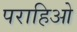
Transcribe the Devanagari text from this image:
पराहिओ